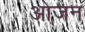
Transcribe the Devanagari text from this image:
ओजन